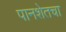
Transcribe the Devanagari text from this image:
पानशेतचा